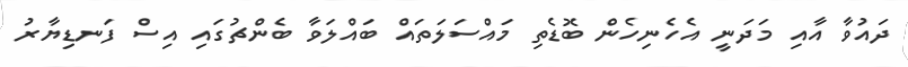
ދައުވާ އާއި މަދަނީ އެހެނިހެން ބޮޑެތި މައްސަލަތައް ބައްލަވާ ބެންޗުގައި އިސް ފަނޑިޔާރު